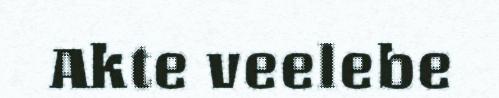
Akte veelebe